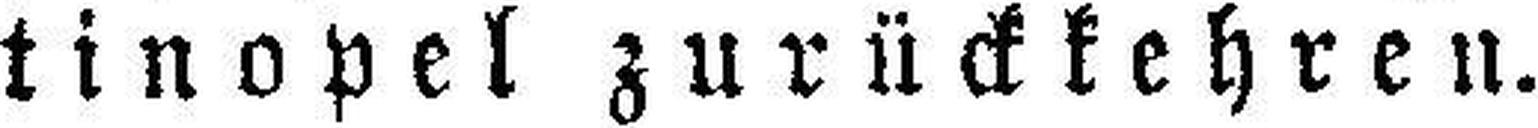
tinopel zurückkehren.